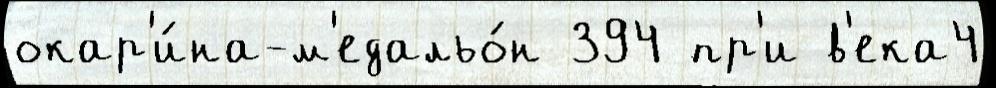
окар'и́на-м'едальо́н 394 пр'и в'ека4